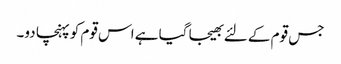
جس قوم کے لئے بھیجا گیا ہے اس قوم کو پہنچا دو۔